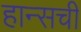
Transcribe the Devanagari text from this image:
हान्सची